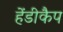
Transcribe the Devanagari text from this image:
हेंडीकैप